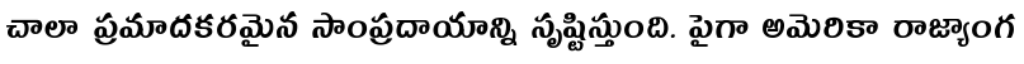
చాలా ప్రమాదకరమైన సాంప్రదాయాన్ని సృష్టిస్తుంది. పైగా అమెరికా రాజ్యాంగ